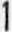
1